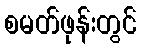
စမတ်ဖုန်းတွင်